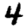
Digit: 4